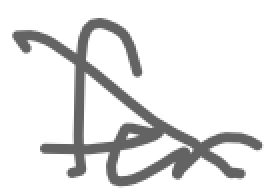
Text: for
Cross-out: diagonal
Writing tool: digital_gray